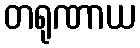
တရုဏာယ